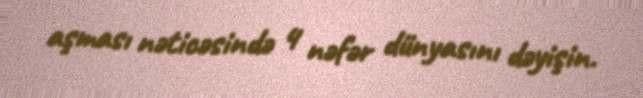
aşması nəticəsində 4 nəfər dünyasını dəyişin.